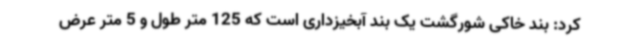
کرد: بند خاکی شورگشت یک بند آبخیزداری است که 125 متر طول و 5 متر عرض